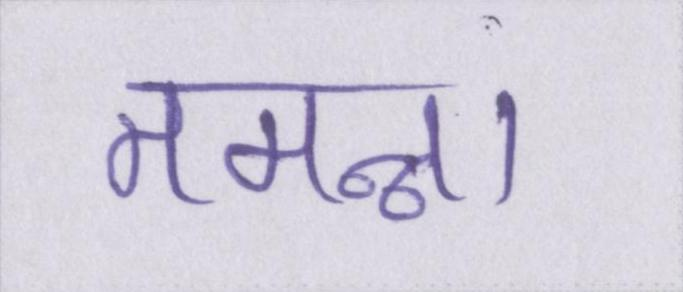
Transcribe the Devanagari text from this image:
तमन्ना